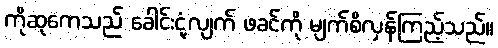
ကိုဆုကေသည် ခေါင်းငုံ့လျက် ဖခင်ကို မျက်စိလှန်ကြည့်သည်။